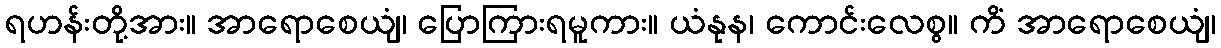
ရဟန်းတို့အား။ အာရောစေယျံ၊ ပြောကြားရမူကား။ ယံနုန၊ ကောင်းလေစွ။ ကိံ အာရောစေယျံ၊